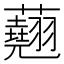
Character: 𧄍